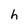
Character: h